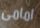
امامى